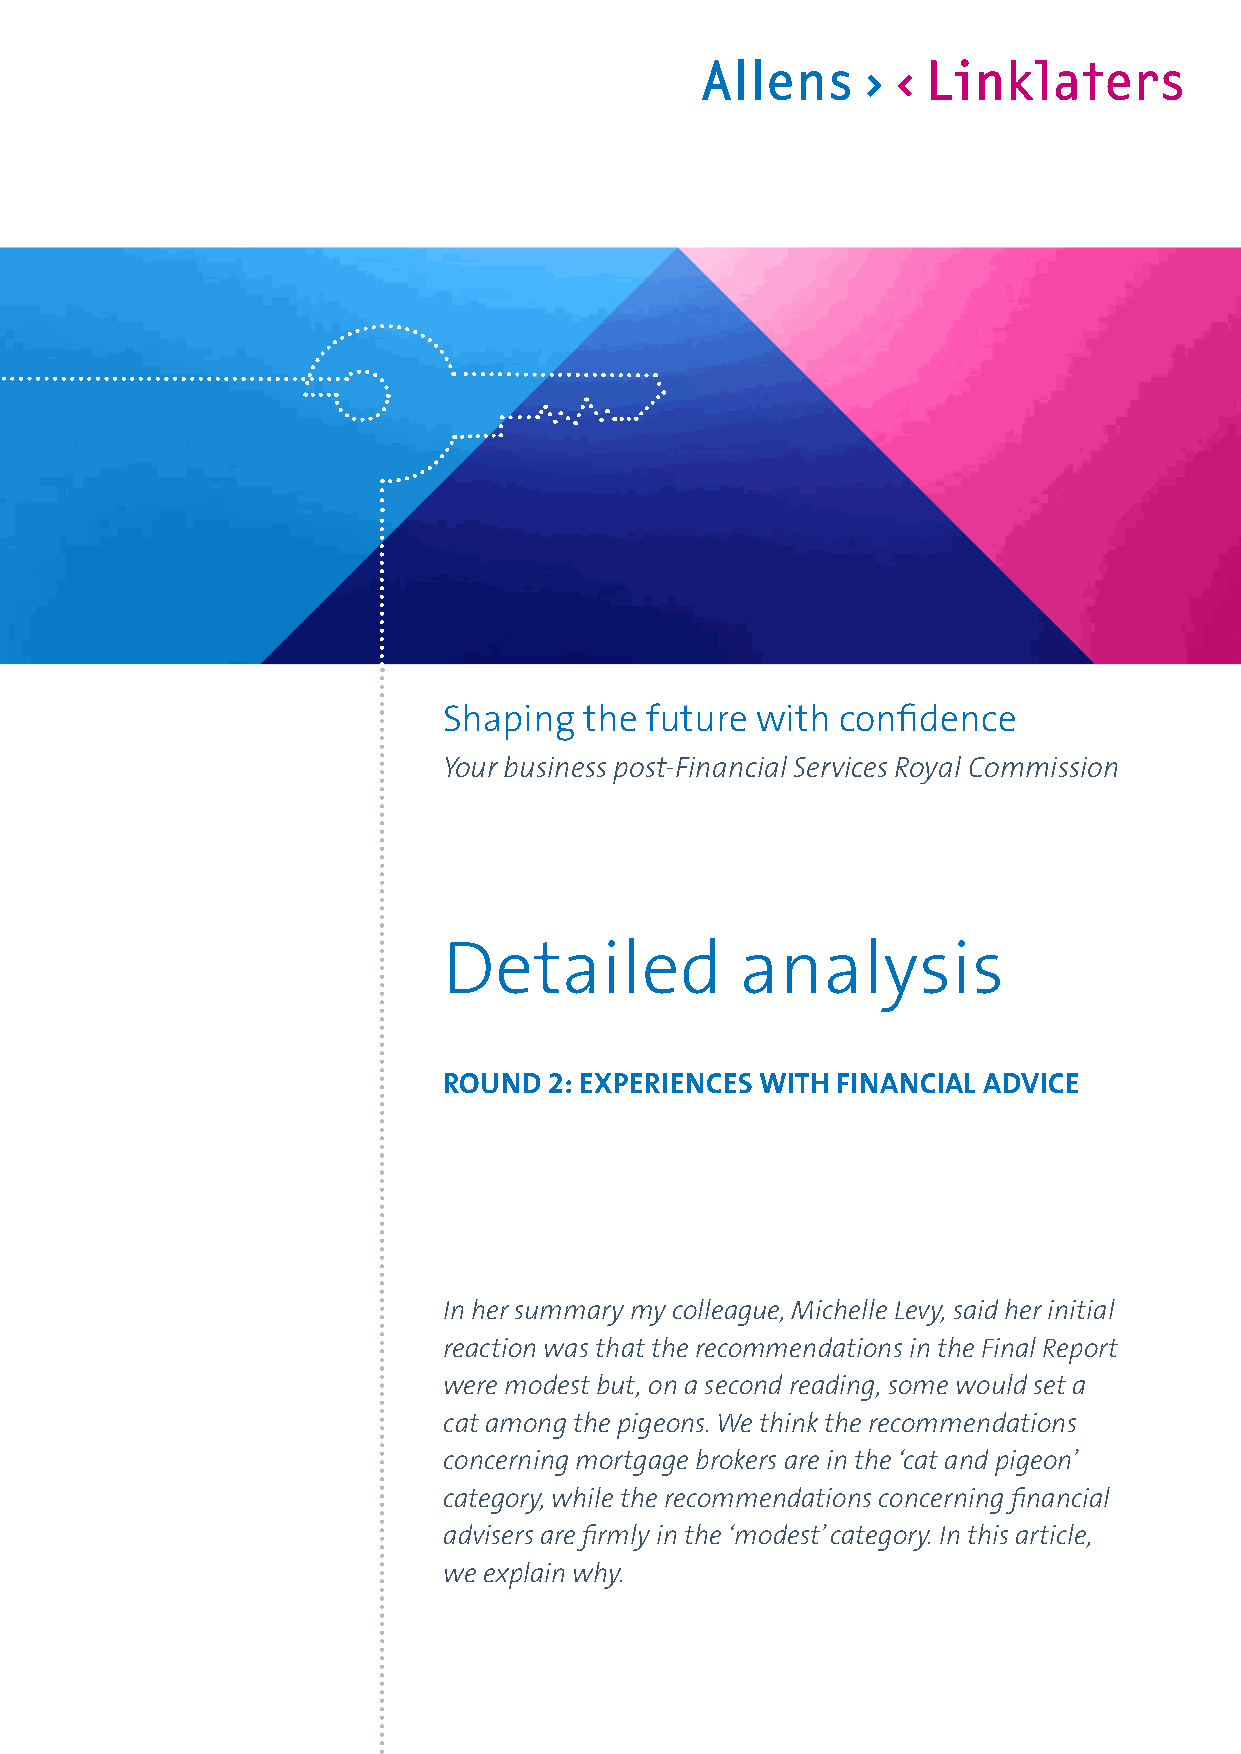
Shaping   the future with  confidence
 Your business post‑Financial Services Royal Commission
 Detailed            analysis
 ROUND  2: EXPERIENCES WITH FINANCIAL ADVICE
 In her summary my colleague, Michelle Levy, said her initial
 reaction was that the recommendations in the Final Report
 were modest but, on a second reading, some would set a
 cat among the pigeons. We think the recommendations
 concerning mortgage brokers are in the ‘cat and pigeon’
 category, while the recommendations concerning financial
 advisers are firmly in the ‘modest’ category. In this article,
 we explain why.